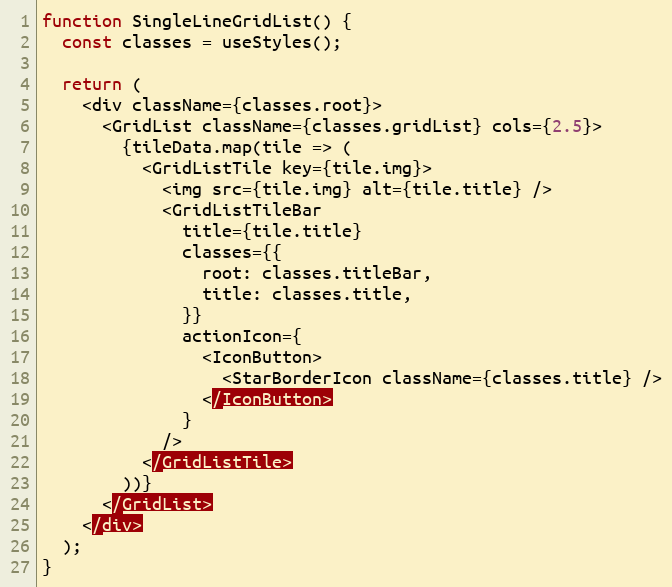
Language: JavaScript
function SingleLineGridList() {
  const classes = useStyles();

  return (
    <div className={classes.root}>
      <GridList className={classes.gridList} cols={2.5}>
        {tileData.map(tile => (
          <GridListTile key={tile.img}>
            <img src={tile.img} alt={tile.title} />
            <GridListTileBar
              title={tile.title}
              classes={{
                root: classes.titleBar,
                title: classes.title,
              }}
              actionIcon={
                <IconButton>
                  <StarBorderIcon className={classes.title} />
                </IconButton>
              }
            />
          </GridListTile>
        ))}
      </GridList>
    </div>
  );
}